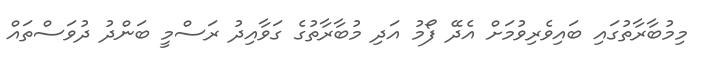
މިމުބާރާތުގައި ބައިވެރިވުމަށް އެދޭ ފޯމު އަދި މުބާރާތުގެ ގަވާއިދު ރަސްމީ ބަންދު ދުވަސްތައް